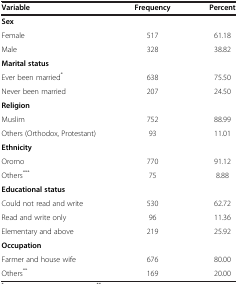
<table><thead><tr><td><b>Variable</b></td><td><b>Frequency</b></td><td><b>Percent</b></td></tr></thead><tbody><tr><td><b>Sex</b></td><td> </td><td> </td></tr><tr><td>Female</td><td>517</td><td>61.18</td></tr><tr><td>Male</td><td>328</td><td>38.82</td></tr><tr><td><b>Marital status</b></td><td> </td><td> </td></tr><tr><td>Ever been married<sup>*</sup></td><td>638</td><td>75.50</td></tr><tr><td>Never been married</td><td>207</td><td>24.50</td></tr><tr><td><b>Religion</b></td><td> </td><td> </td></tr><tr><td>Muslim</td><td>752</td><td>88.99</td></tr><tr><td>Others (Orthodox, Protestant)</td><td>93</td><td>11.01</td></tr><tr><td><b>Ethnicity</b></td><td> </td><td> </td></tr><tr><td>Oromo</td><td>770</td><td>91.12</td></tr><tr><td>Others<sup>***</sup></td><td>75</td><td>8.88</td></tr><tr><td><b>Educational status</b></td><td> </td><td> </td></tr><tr><td>Could not read and write</td><td>530</td><td>62.72</td></tr><tr><td>Read and write only</td><td>96</td><td>11.36</td></tr><tr><td>Elementary and above</td><td>219</td><td>25.92</td></tr><tr><td><b>Occupation</b></td><td> </td><td> </td></tr><tr><td>Farmer and house wife</td><td>676</td><td>80.00</td></tr><tr><td>Others<sup>**</sup></td><td>169</td><td>20.00</td></tr></tbody></table>